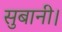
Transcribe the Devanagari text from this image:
सुबानी।